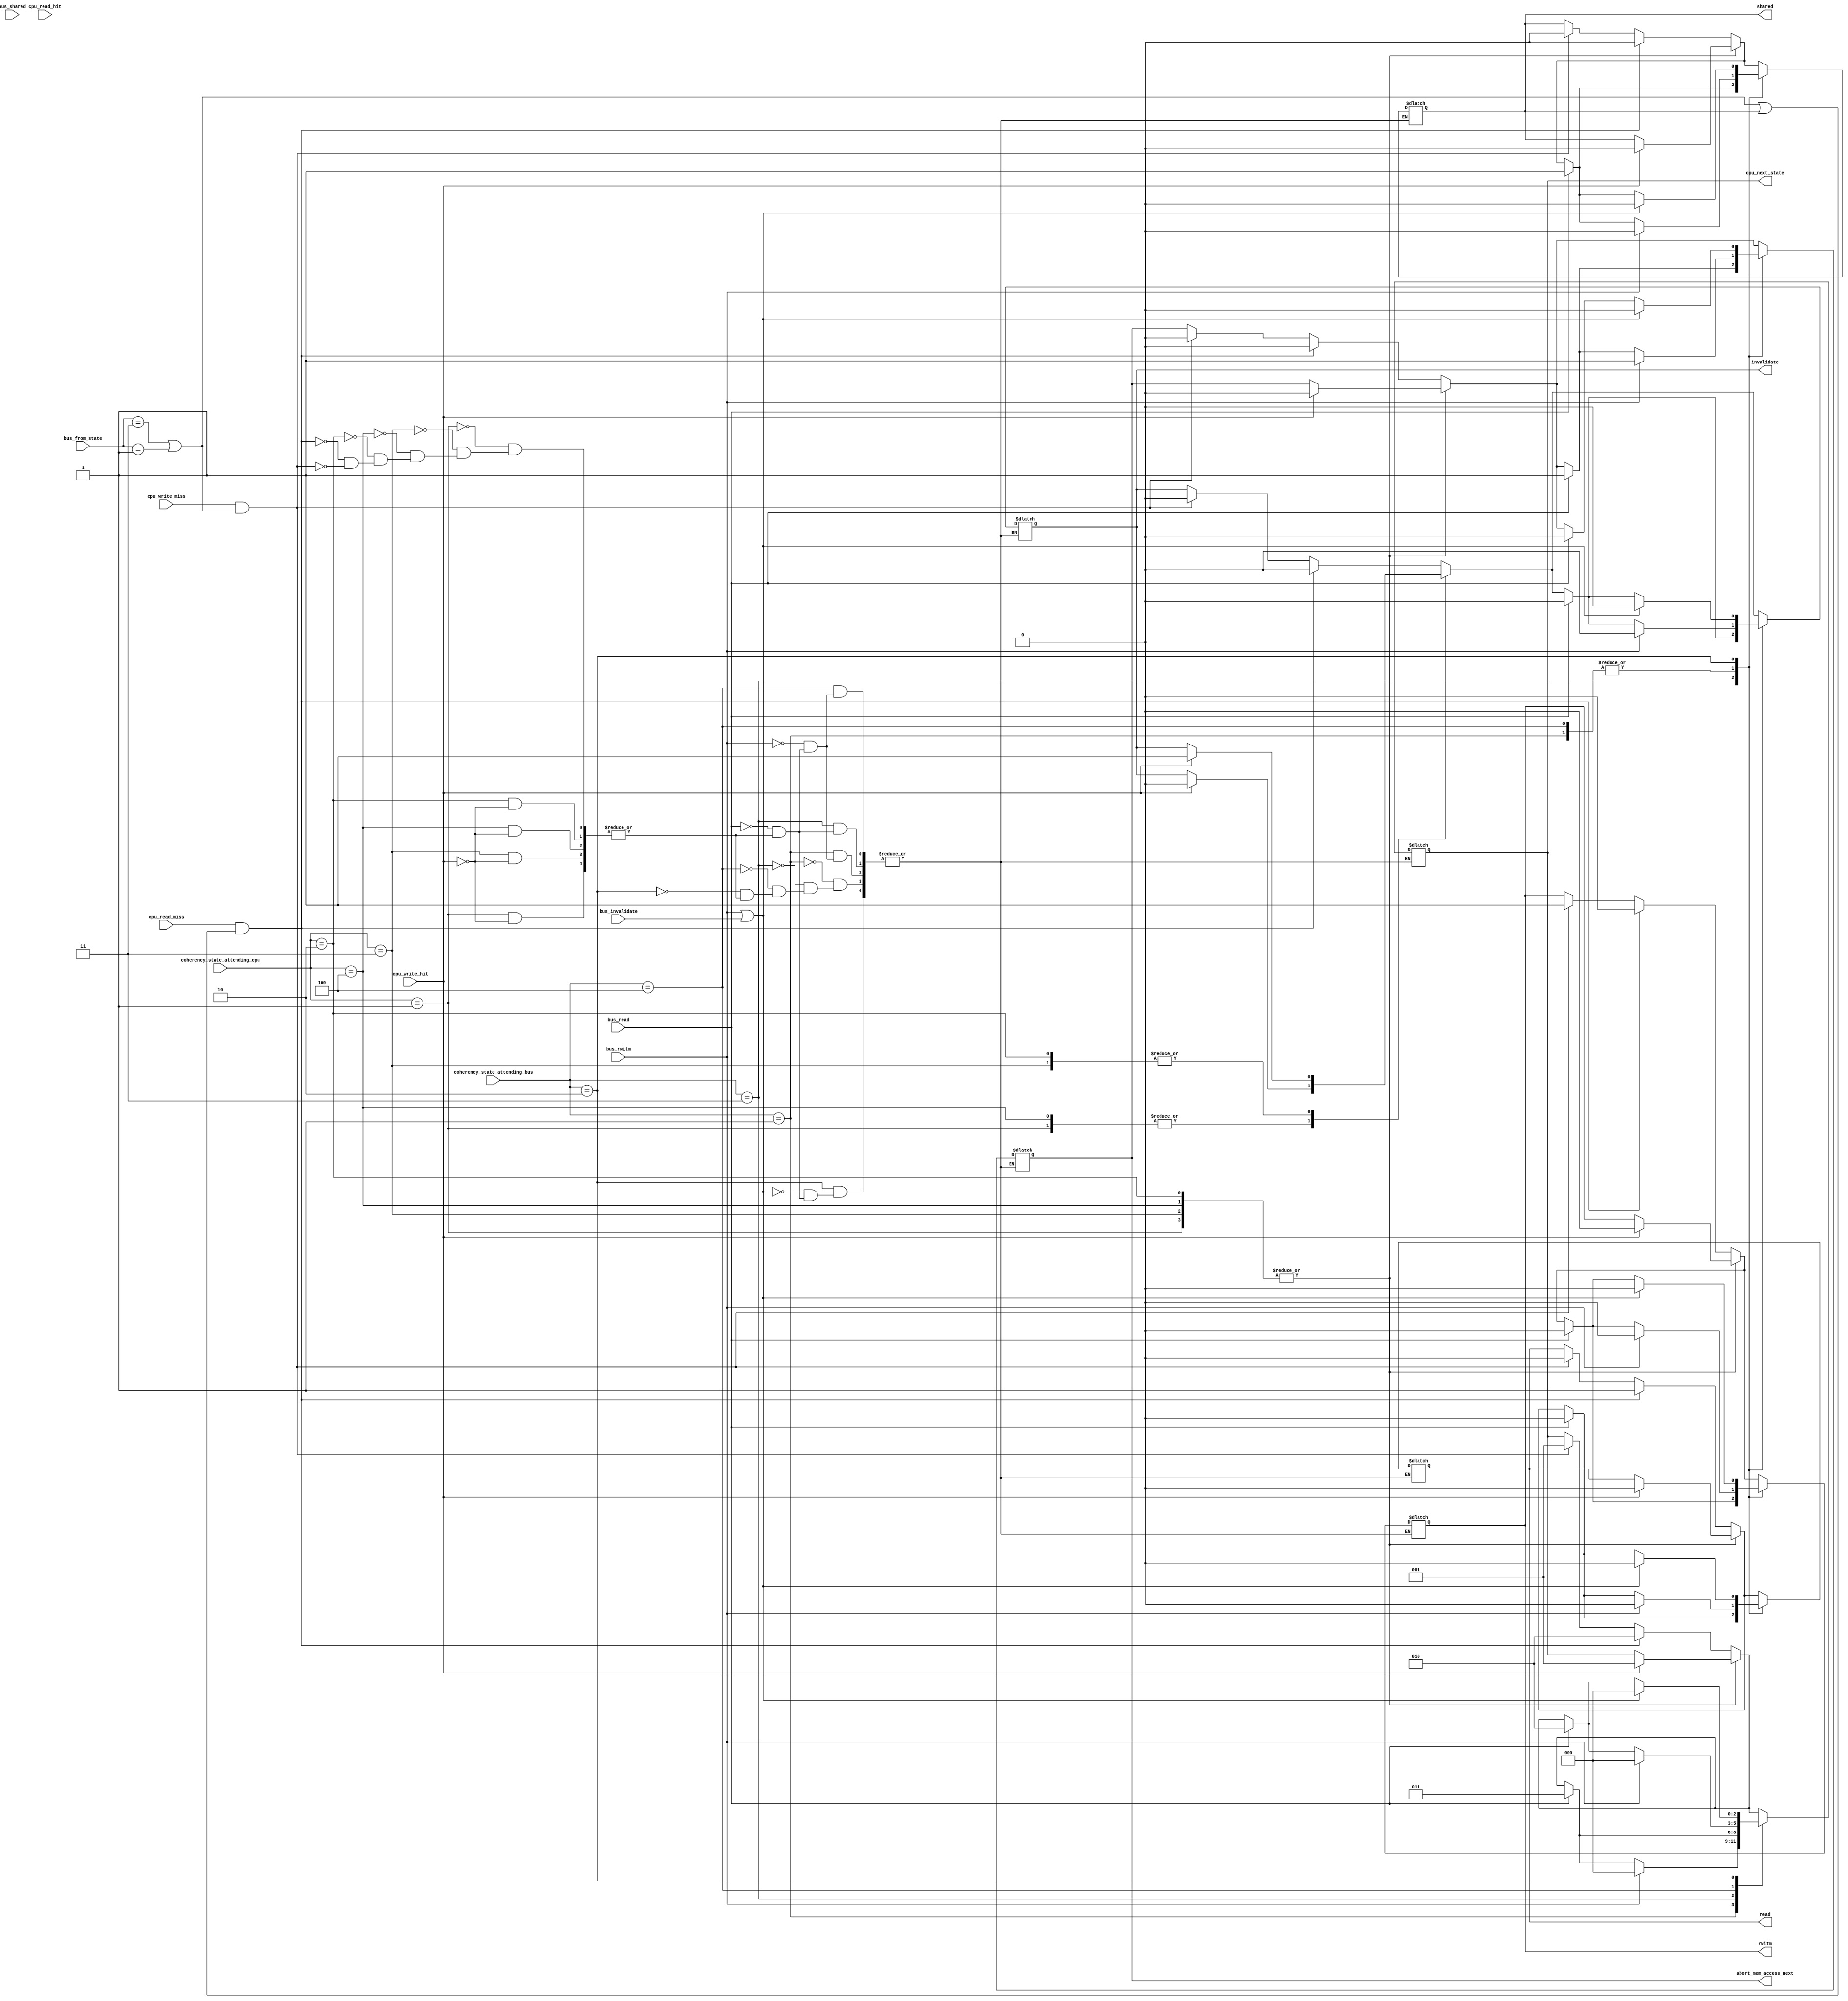
module FSM_MOESI_controler(
	input [2:0] coherency_state_attending_cpu,
	input cpu_write_hit, cpu_read_hit,//crh has not an actual meaning
	input cpu_write_miss, cpu_read_miss,

	input [2:0] coherency_state_attending_bus,
	input [1:0] bus_from_state,//from (M|O|E|MM)
	input bus_read,
	input bus_rwitm, // read miss but "read with intention to modify"
	input bus_invalidate,
	input bus_shared,
	//--
	output reg [2:0] cpu_next_state,

	output reg read,
	output reg rwitm,
	output reg invalidate,
	output reg shared,
	output reg abort_mem_access_next//intervention
	);
	parameter FROM_M=3'b001, FROM_O=3'b011, FROM_E=3'b100, FROM_MEM=3'b101;
	parameter INVALID=3'b000, MODIFIED=3'b001, SHARED=3'b010, OWNED=3'b011, EXCLUSIVE=3'b100;
	
	wire cpu_write = cpu_write_hit | cpu_write_miss;//whenever a write
	wire cpu_read = cpu_read_hit | cpu_read_miss;

	initial begin 
		cpu_next_state <= INVALID;
		invalidate <= 0;
		rwitm <= 0;
		abort_mem_access_next <= 0;
		shared <= 0;
		read <= 0;
	end
	always@(*)begin
		case(coherency_state_attending_cpu)
			MODIFIED:begin
				if(cpu_write_hit==1'b1)begin
					cpu_next_state <= MODIFIED;
					invalidate <= 0;
					rwitm <= 0;
					abort_mem_access_next <= 0;
					shared <= 0;
					read <= 0;
				end
			end
			OWNED:begin
				if(cpu_write_hit==1'b1)begin
					cpu_next_state <= MODIFIED;
					invalidate <= 1'b1;
					rwitm <= 0;
					abort_mem_access_next <= 0;
					shared <= 0;
					read <= 0;
				end
			end
			EXCLUSIVE:begin
				if(cpu_write_hit==1'b1)begin
					cpu_next_state <= MODIFIED;
					invalidate <= 0;
					rwitm <= 0;
					abort_mem_access_next <= 0;
					shared <= 0;
					read <= 0;
				end
			end
			SHARED:begin
				if(cpu_write_hit==1'b1)begin
					cpu_next_state <= MODIFIED;
					invalidate <= 1;
					rwitm <= 0;
					abort_mem_access_next <= 0;
					shared <= 0;
					read <= 0;
				end
			end
			default:begin
				if(cpu_write_miss==1'b1 
					&& (bus_from_state==FROM_O 
						|| bus_from_state==FROM_M
						|| bus_from_state==FROM_MEM
					)
				)begin
					cpu_next_state <= MODIFIED;
					invalidate <= 0;
					rwitm <= 1;
					abort_mem_access_next <= 0;
					shared <= 0;
					read <= 0;
				end
				if(cpu_read_miss==1'b1 
					&& (
						(	bus_from_state==FROM_O 
							|| bus_from_state==FROM_M
							|| bus_from_state==FROM_MEM
						)
						||
						(shared==1'b1)
					)
				)begin
					cpu_next_state <= SHARED;
					invalidate <= 0;
					rwitm <= 0;
					abort_mem_access_next <= 0;
					shared <=0;
					read <= 1'b1;
				end
				if(cpu_read_miss==1'b1
					&& bus_from_state==FROM_MEM
					&& shared==0
				)begin
					cpu_next_state <= EXCLUSIVE;
					invalidate <= 0;
					rwitm <= 0;
					abort_mem_access_next <= 0;
					shared <= 0;
					read <= 1;
				end
			end
		endcase
		case(coherency_state_attending_bus)
			MODIFIED:begin
				if(bus_rwitm==1'b1)begin
					cpu_next_state <= INVALID;
					invalidate <= 0;
					rwitm <= 0;
					abort_mem_access_next <= 1;
					shared <= 0;
					read <= 0;
				end else if(bus_read==1'b1)begin
					cpu_next_state <= OWNED;
					invalidate <= 0;
					rwitm <= 0;
					abort_mem_access_next <= 1;
					shared <= 1'b1;
					read <= 0;
				end
			end
			OWNED:begin
				if(bus_read==1'b1)begin
					cpu_next_state <= OWNED;
					invalidate <= 0;
					rwitm <= 0;
					abort_mem_access_next <= 1;
					shared <= 1'b1;
					read <= 0;
				end
			end
			EXCLUSIVE:begin
				if(bus_rwitm==1'b1)begin
					cpu_next_state <= INVALID;
					invalidate <= 0;
					rwitm <= 0;
					abort_mem_access_next <= 1;//depends on implementation
					shared <= 0;
					read <= 0;
				end else if(bus_read==1'b1)begin
					cpu_next_state <= SHARED;
					invalidate <= 0;
					rwitm <= 0;
					abort_mem_access_next <= 1;//depends on implementation
					shared <= 1'b1;
					read <= 0;
				end
			end
			SHARED:begin
				if(bus_read==1'b1)begin
					cpu_next_state <= SHARED;
					invalidate <= 0;
					rwitm <= 0;
					abort_mem_access_next <= 0;//depends on implementation
					shared <= 1'b1;
					read <= 0;
				end
				if(bus_rwitm==1'b1 || bus_invalidate==1'b1)begin
					cpu_next_state <= INVALID;
					invalidate <= 0;
					rwitm <= 0;
					abort_mem_access_next <= 0;//depends on implementation
					shared <= 0;
					read <= 0;
				end
			end
		endcase
	end
endmodule